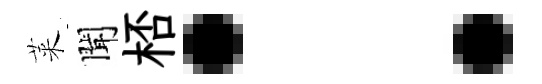
萊聞桮：